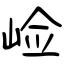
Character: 崄